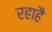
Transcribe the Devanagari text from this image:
रहाहै